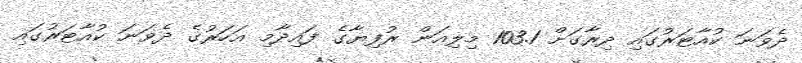
ދެވަނަ ކުއާޓަރުގައި ދިރާގަށް 103.1 މިލިއަން ރުފިޔާގެ ފައިދާމި އަހަރުގެ ދެވަނަ ކުއާޓަރުގައި